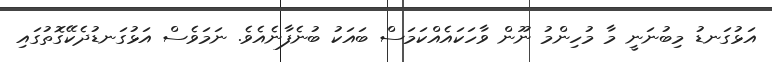
އަޅުގަނޑު މިބުނަނީ މާ މުހިންމު ނޫން ވާހަކައެއްކަމަސް ބައަކު ބުނެފާނެއެވެ. ނަމަވެސް އަޅުގަނޑުދެކޭގޮތުގައި